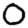
Digit: 0